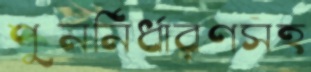
পুনর্নির্ধারণসহ